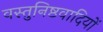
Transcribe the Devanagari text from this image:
वस्तुनिष्ठवादियों